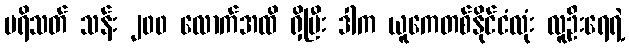
ပရိသတ် သန်း ၂၀၀ လောက်အထိ ရှိပြီး ဒါက ယူကေတစ်နိုင်ငံလုံး လူဦးရေရဲ့